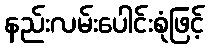
နည်းလမ်းပေါင်းစုံဖြင့်